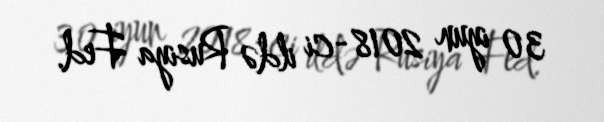
30 iyun 2018-ci ildə Rusiya Fed.